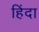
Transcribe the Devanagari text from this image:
हिंदा